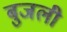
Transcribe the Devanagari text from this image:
बुजली